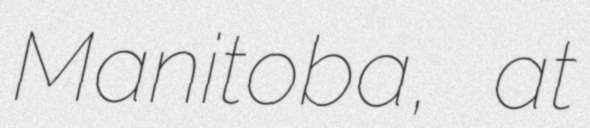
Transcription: Manitoba, at